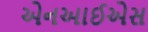
એનઆઈએસ